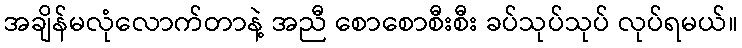
အချိန်မလုံလောက်တာနဲ့ အညီ စောစောစီးစီး ခပ်သုပ်သုပ် လုပ်ရမယ်။